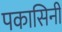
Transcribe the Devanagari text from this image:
पकासिनी